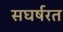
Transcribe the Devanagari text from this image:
सघर्षरत